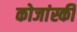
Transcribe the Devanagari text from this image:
कोजांस्की